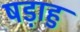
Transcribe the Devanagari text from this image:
षड़ाहु